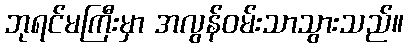
ဘုရင်မကြီးမှာ အလွန်ဝမ်းသာသွားသည်။